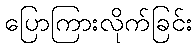
ပြောကြားလိုက်ခြင်း